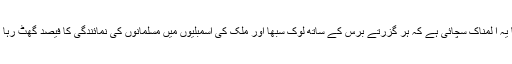
یقیناً یہ ا لمناک سچائی ہے کہ ہر گزرتے برس کے ساتھ لوک سبھا اور ملک کی اسمبلیوں میں مسلمانوں کی نمائندگی کا فیصد گھٹ رہا ہے۔